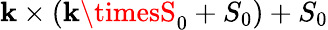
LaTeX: \mathbf{k}\times(\mathbf{k}\timesS_{0}+S_{0})+S_{0}